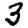
Digit: 3